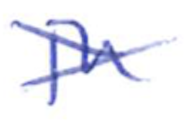
Text: in
Cross-out: cross
Writing tool: ballpoint